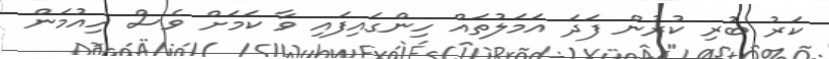
ކަރު ބުރި ކުރުން ފަދަ އަމަލުތައް ހިންގައިފައި ވާ ކަމަށް ވެސް ހިއުމަން